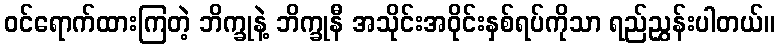
ဝင်ရောက်ထားကြတဲ့ ဘိက္ခုနဲ့ ဘိက္ခုနီ အသိုင်းအဝိုင်းနှစ်ရပ်ကိုသာ ရည်ညွှန်းပါတယ်။